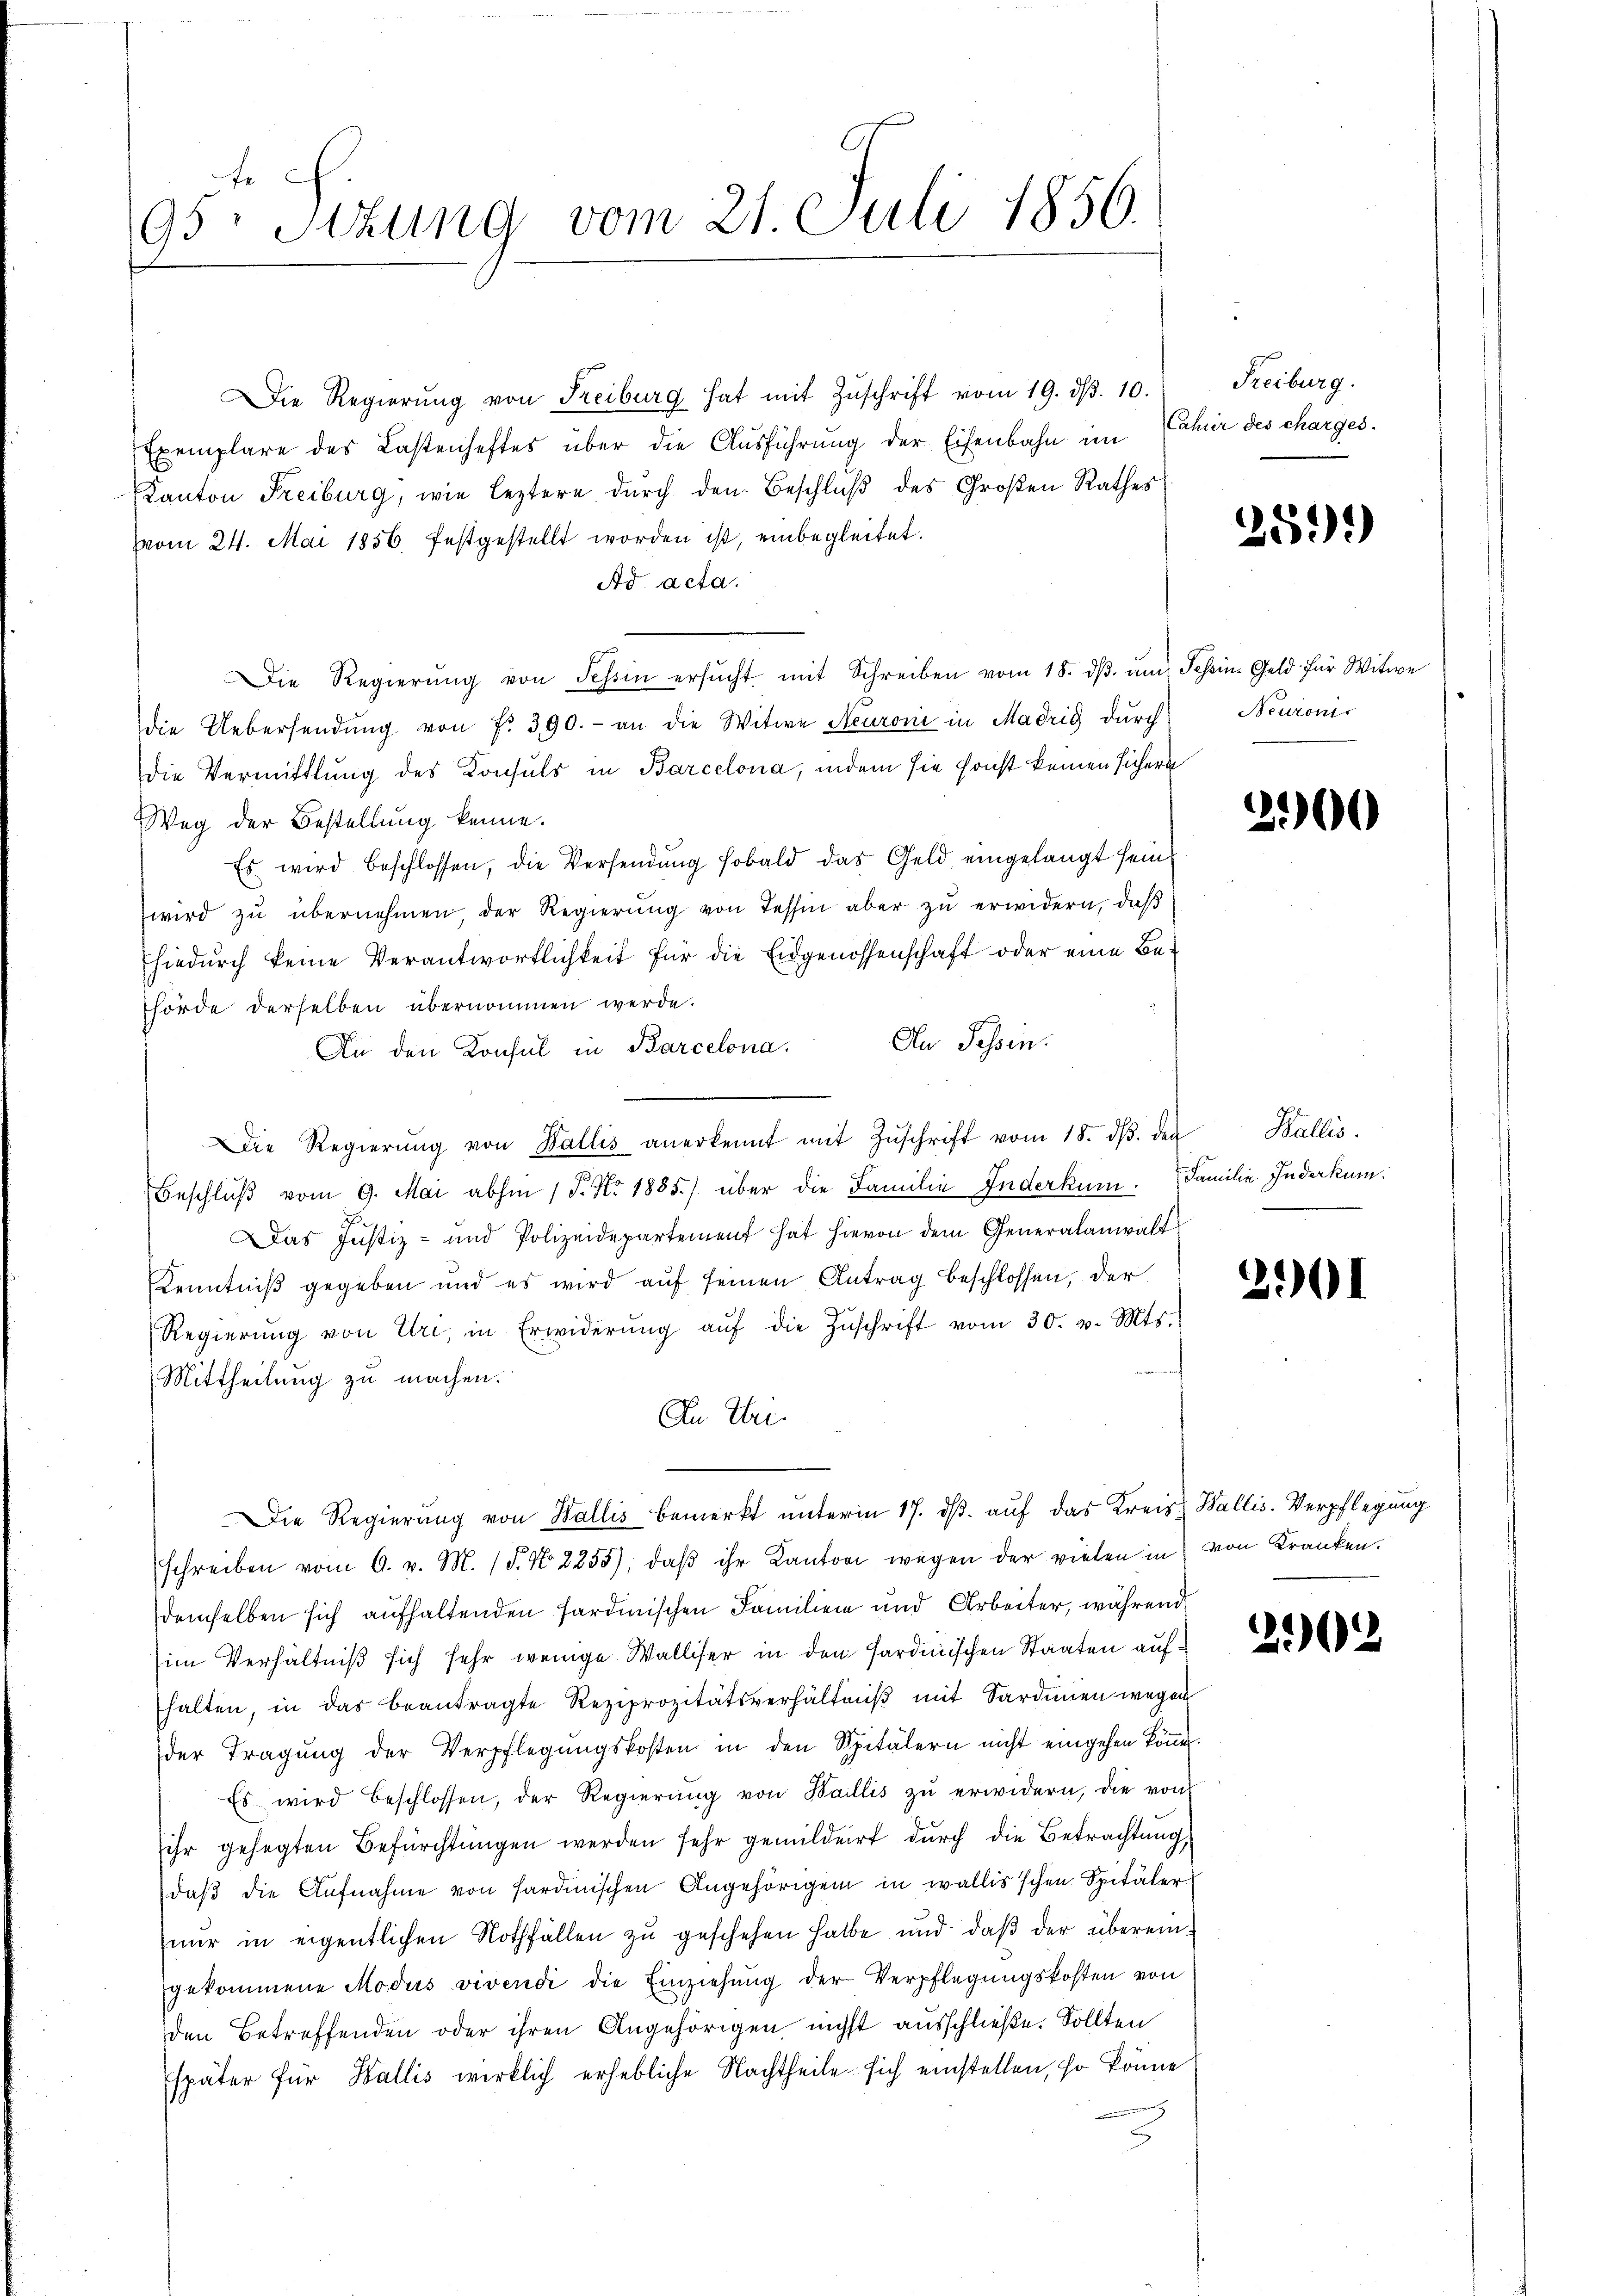
Fr
95: Stzung vom 21. Juli 1856.

Die Regierŭng von Freiburg hat mit Zŭschrift vom 19. dβ. 10.
Exemplare des Lastenheftes über die Ausführung der Eisenbahn im Cahier des charges.
Kanton Freiburg, wie leztere durch den Beschluß des Großen Rathes
vom 24. Mai 1856. festgestellt worden ist, einbegleitet.
Ad acta.
Die Regierŭng von Tessin ersŭcht mit Schreiben vom 18. dβ ŭm Schein Geld für Witwe
die Uebersendŭng von fr. 390.- an die Witwe Neuroni in Madrig durch
die Vermittlung des Konsuls in Barcelona, indem sie sonst keinen sichern
Weg der Bestellung kenne.
Es wird beschlossen, die Versendŭng sobald das Geld eingelangt sein.
wird zu übernehmen, der Regierung von Tessin aber zu erwidern, daß
hiedurch keine Verantwortlichkeit für die Eidgenossenschaft oder eine Behörde derselben übernommen werde.
An den Konsul in Barcelona. An Tessin.
Ddie Regierŭng von Wallis anerkennt mit Zŭschrift vom 18. dβ. den Wallis.
Beschluß vom 9. Mai abhin 1 S. No 1885) über die Familie Inderkum. Familie Inderkum.
Das Justiz- und Polizeidepartement hat hievon dem Generalanwalt
Kenntniß gegeben und es wird auf seinen Antrag beschlossen, der
Regierŭng von Uri, in Erwiderŭng aŭf die Zŭschrift vom 30. v. Mts.
Mittheilung zu machen.
An Uri.
Die Regierung von Wallis bemerkt unterm 17. ds. auf das Kreis Wallis. Verpflegung
schreiben vom 6. v. M. (T. No. 2255), daβ ihr Kanton wegen der vielen in von Kranken.
demselben sich aufhaltenden sardinischen Familien und Arbeiter, während
im Verhältniß sich sehr wenige Walliser in den sardinischen Staaten aufhalten, in das beantragte Reziprozitätsverhältniβ mit Sardinien wegen
der Tragŭng der Verpflegŭngskosten in den Spitälern nicht eingehen köṅe.
Es wird beschlossen, der Regierŭng von Haillis zŭ erwidern, die von
ihr gesagten Befürchtŭngen werden sehr gemildert durch die Betrachtung,
daβ die Aufnahme von Sardinischen Angehörigen in wallis'schen Spitäler
nur in eigentlichen Nothfällen zu geschehen halbe und daß der übereingekommene Modus vivendi die Einziehŭng der Verpflegungskosten von
den Betreffenden oder ihren Angehörigen nicht ausschließe. Sollten
später für Wallis wirklich erhebliche Nachtheile sich einstellen, so könne
3

Freiburg.

259)

Neuron

200

e

2901

202